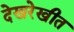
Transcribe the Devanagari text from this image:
देखरेखीत